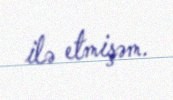
ilə etmişəm.